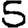
Digit: 5